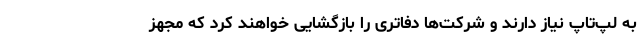
به لپ‌تاپ نیاز دارند و شرکت‌ها دفاتری را بازگشایی خواهند کرد که مجهز